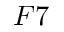
F 7